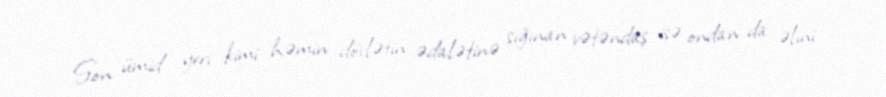
Son ümid yeri kimi həmin dövlətin ədalətinə sığınan vətəndaş isə ondan da əlini